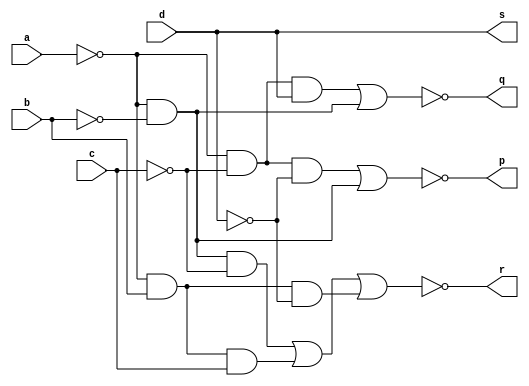
`timescale 1ns / 1ps
//////////////////////////////////////////////////////////////////////////////////
// Company: 
// Engineer: 
// 
// Design Name: 
// Module Name: BCC
// Project Name: 
// Target Devices: 
// Tool Versions: 
// Description: 
// 
// Dependencies: 
// 
// Revision:
// Revision 0.01 - File Created
// Additional Comments:
// 
//////////////////////////////////////////////////////////////////////////////////


module BCC(
input a,b,c,d,
output p,q,r,s
    );
    
    assign p= ~((~a&~c&~d)|(~a&~b)),
    q = ~((~a&~c&d)|(~a&~b)),
    r = ~((~a&~b&~c)|(~a&b&c)|(~a&b&~d)),
    s = d;
endmodule